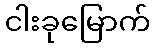
ငါးခုမြောက်